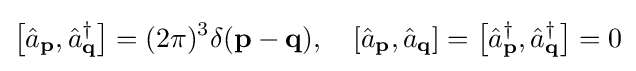
\left[{\hat {a}}_{\mathbf {p} },{\hat {a}}_{\mathbf {q} }^{\dagger }\right]=(2\pi )^{3}\delta (\mathbf {p} -\mathbf {q} ),\quad \left[{\hat {a}}_{\mathbf {p} },{\hat {a}}_{\mathbf {q} }\right]=\left[{\hat {a}}_{\mathbf {p} }^{\dagger },{\hat {a}}_{\mathbf {q} }^{\dagger }\right]=0